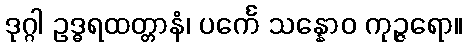
ဒုဂ္ဂါ ဥဒ္ဓရထတ္တာနံ၊ ပင်္ကေ သန္နောဝ ကုဉ္ဇရော။